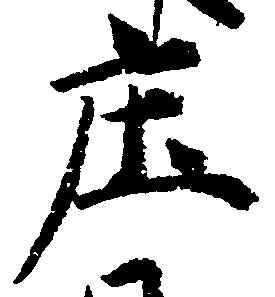
庄